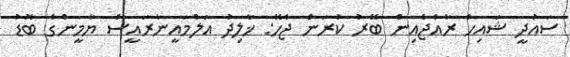
ސައުދީ ޝައިހް ރާއްޖެއިން ބޭރު ކުރަން ޖެހޭ: ޚާލިދު އަލްމައީނާރައީސް ޔާމީންގެ ބޮޑު